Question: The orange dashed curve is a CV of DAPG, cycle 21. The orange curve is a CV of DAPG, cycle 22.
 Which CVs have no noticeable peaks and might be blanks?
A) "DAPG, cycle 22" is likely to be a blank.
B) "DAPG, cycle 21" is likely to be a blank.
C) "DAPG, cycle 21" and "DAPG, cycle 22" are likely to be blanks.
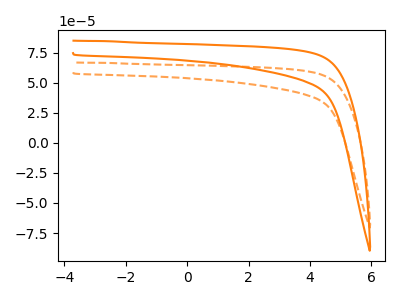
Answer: <think>The orange dashed curve "DAPG, cycle 21" has no peaks. The orange curve "DAPG, cycle 22" has no peaks.</think>
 <answer>C) "DAPG, cycle 21" and "DAPG, cycle 22" are likely to be blanks.</answer>
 <eval>C</eval>